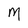
Character: M